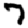
Digit: 7